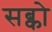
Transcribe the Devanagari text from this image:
सब्को